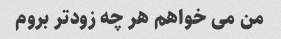
من می خواهم هر چه زودتر بروم